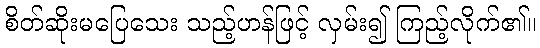
စိတ်ဆိုးမပြေသေး သည့်ဟန်ဖြင့် လှမ်း၍ ကြည့်လိုက်၏။